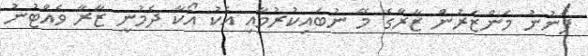
ފެނުނު މަންޒަރުން ޒާރާގެ މޭ ނުބައިކުރުމާއި އެކު އޯކާ ދެމުނީ ޒާރާ ވެއްޓުނު